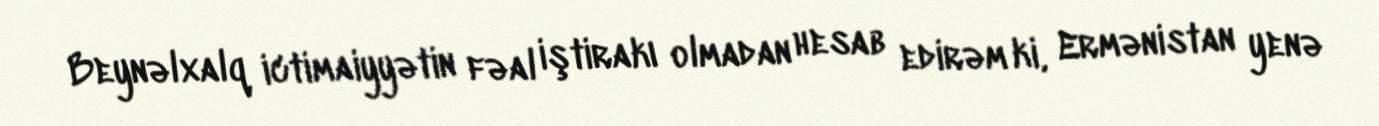
Beynəlxalq ictimaiyyətin fəal iştirakı olmadan hesab edirəm ki, Ermənistan yenə